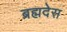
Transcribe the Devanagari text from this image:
ब्रह्मदेस